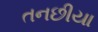
તનછીયા